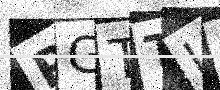
Text: PGTTIB